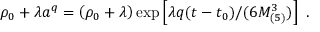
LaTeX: \rho _ { 0 } + \lambda a ^ { q } = \left( \rho _ { 0 } + \lambda \right) \exp \left[ \lambda q ( t - t _ { 0 } ) / ( 6 M _ { ( 5 ) } ^ { 3 } ) \right] \ .